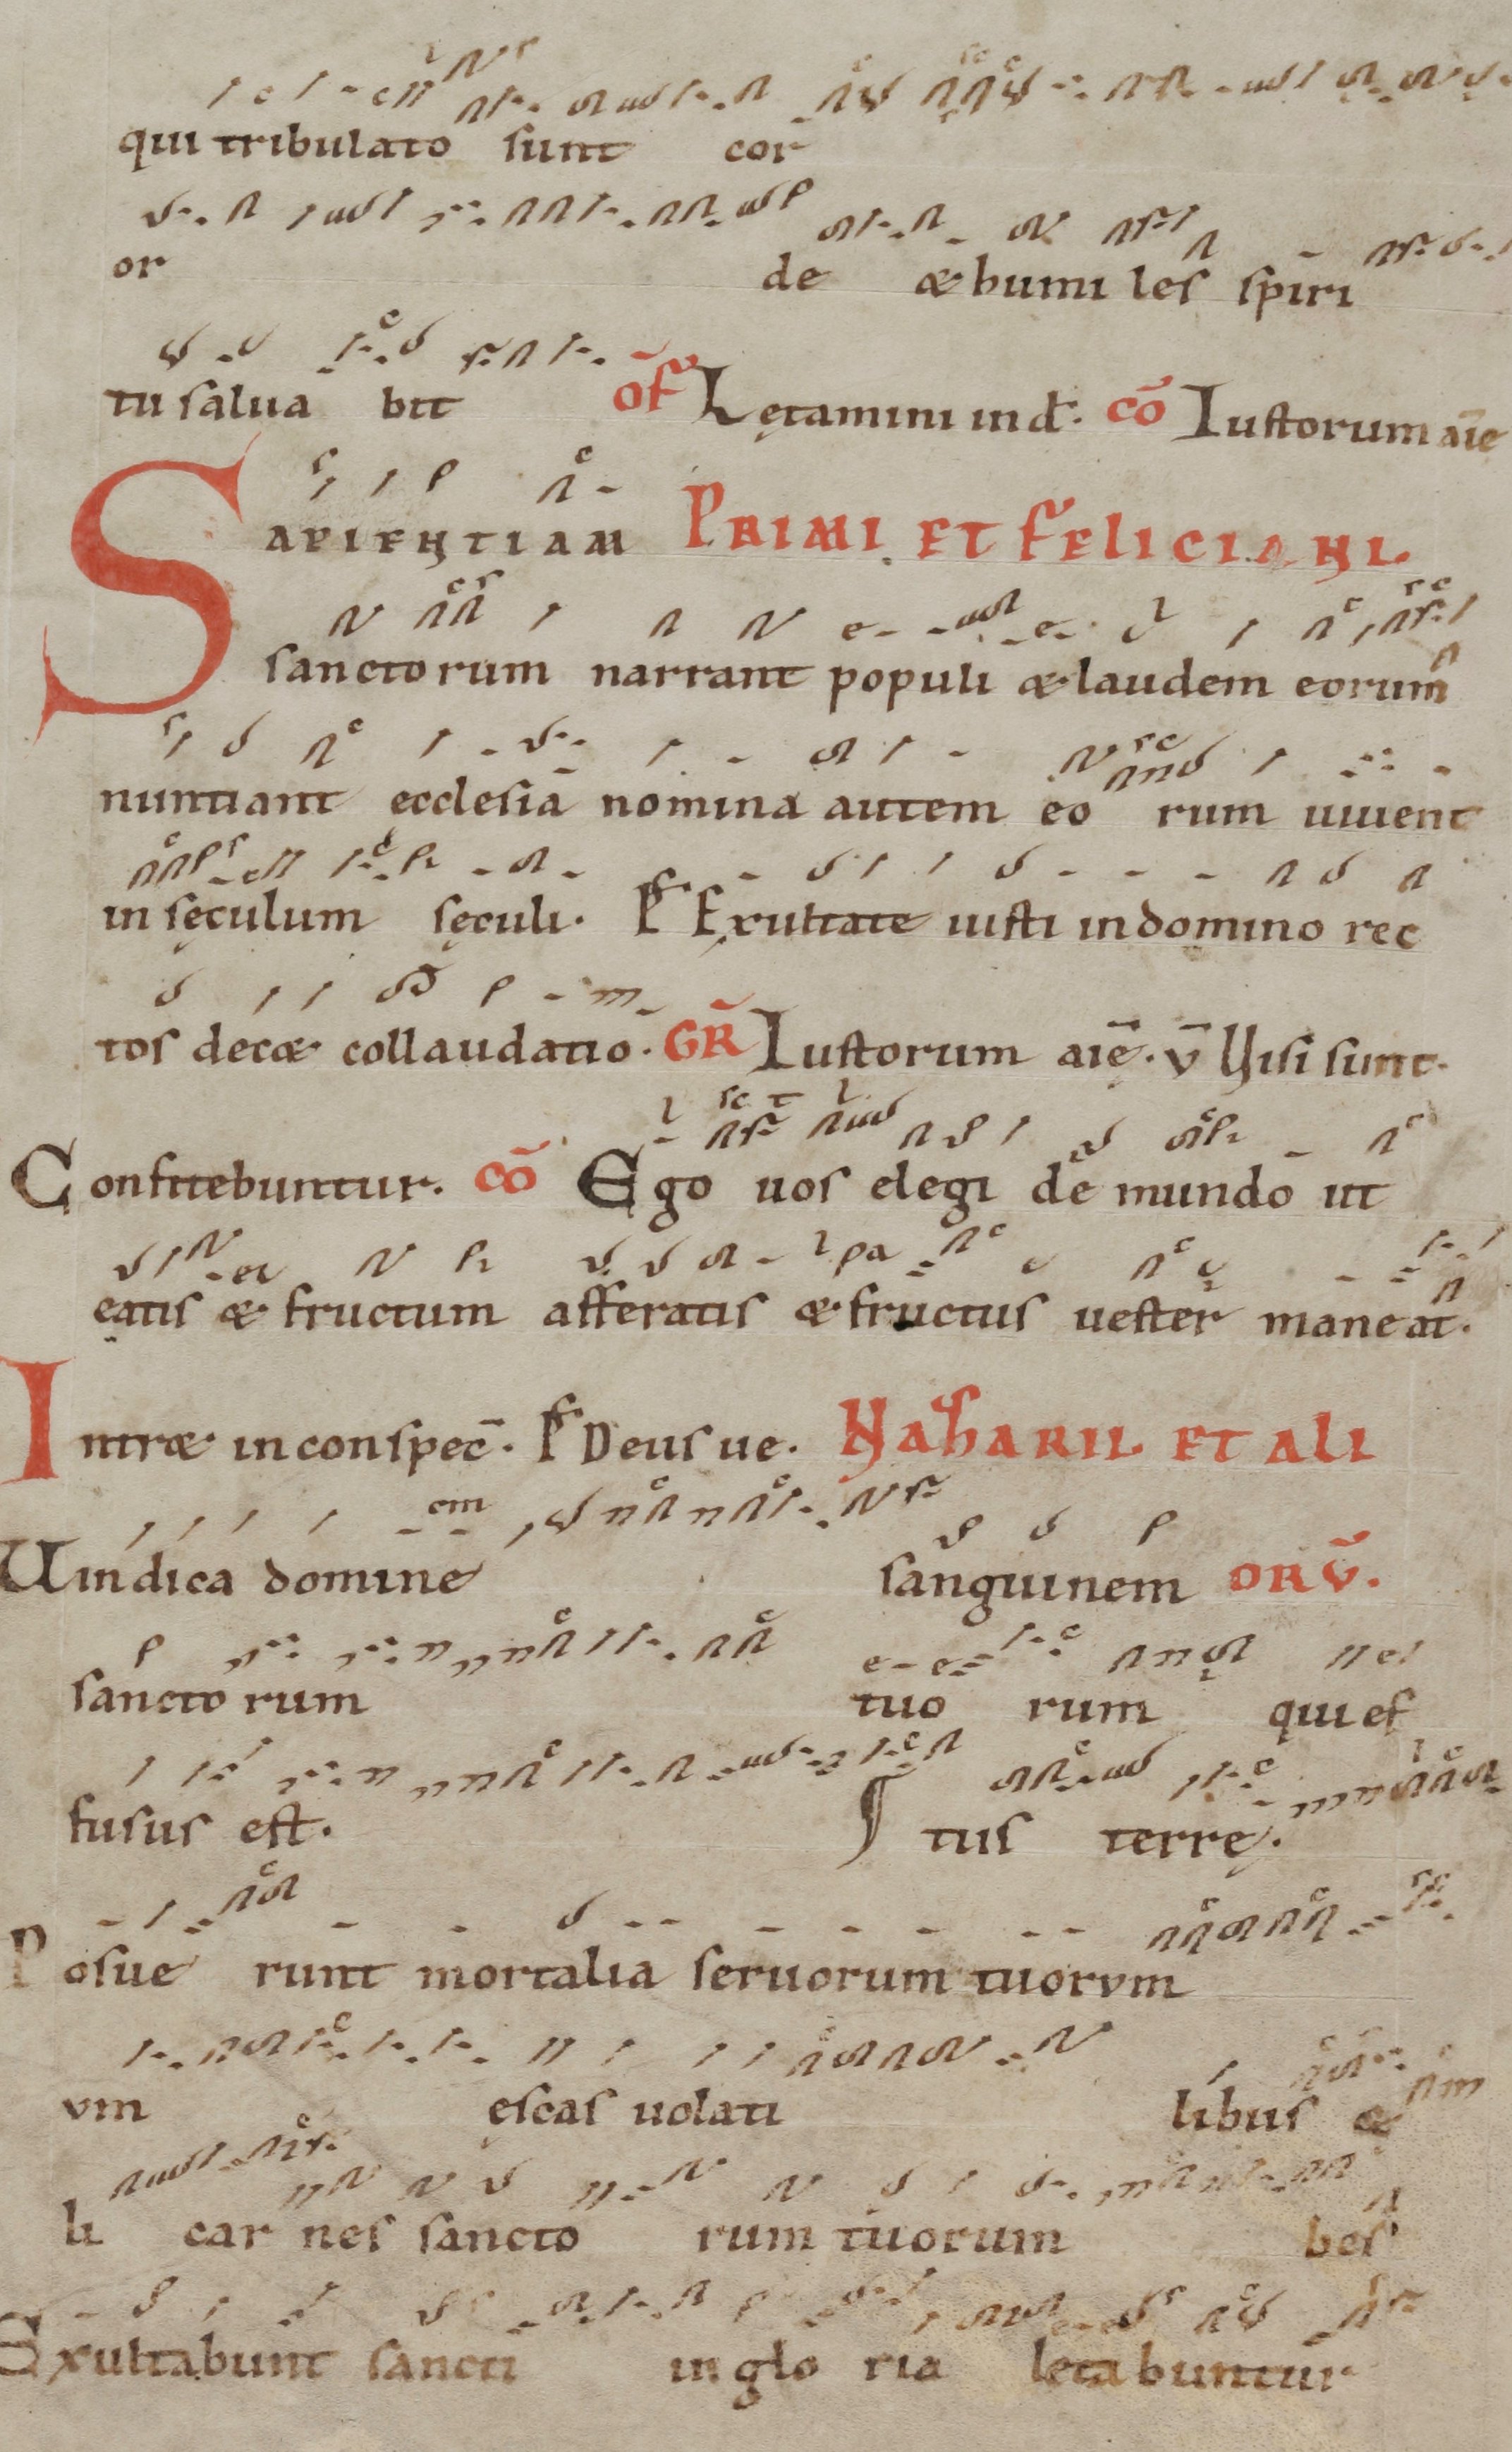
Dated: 1100–1199